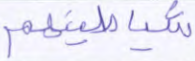
شياطينهم